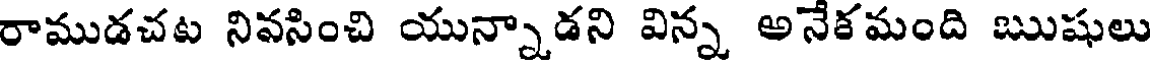
రాముడచట నివసించి యున్నాడని విన్న అనేకమంది ఋషులు